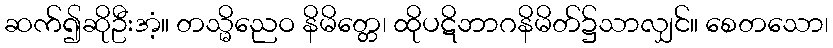
ဆက်၍ဆိုဦးအံ့။ တသ္မိညေဝ နိမိတ္တေ၊ ထိုပဋိဘာဂနိမိတ်၌သာလျှင်။ စေတသော၊